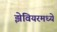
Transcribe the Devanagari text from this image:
झेवियरमध्ये